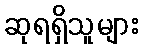
ဆုရရှိသူများ